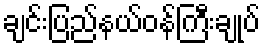
ချင်းပြည်နယ်ဝန်ကြီးချုပ်